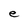
Character: e